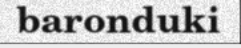
baronduki